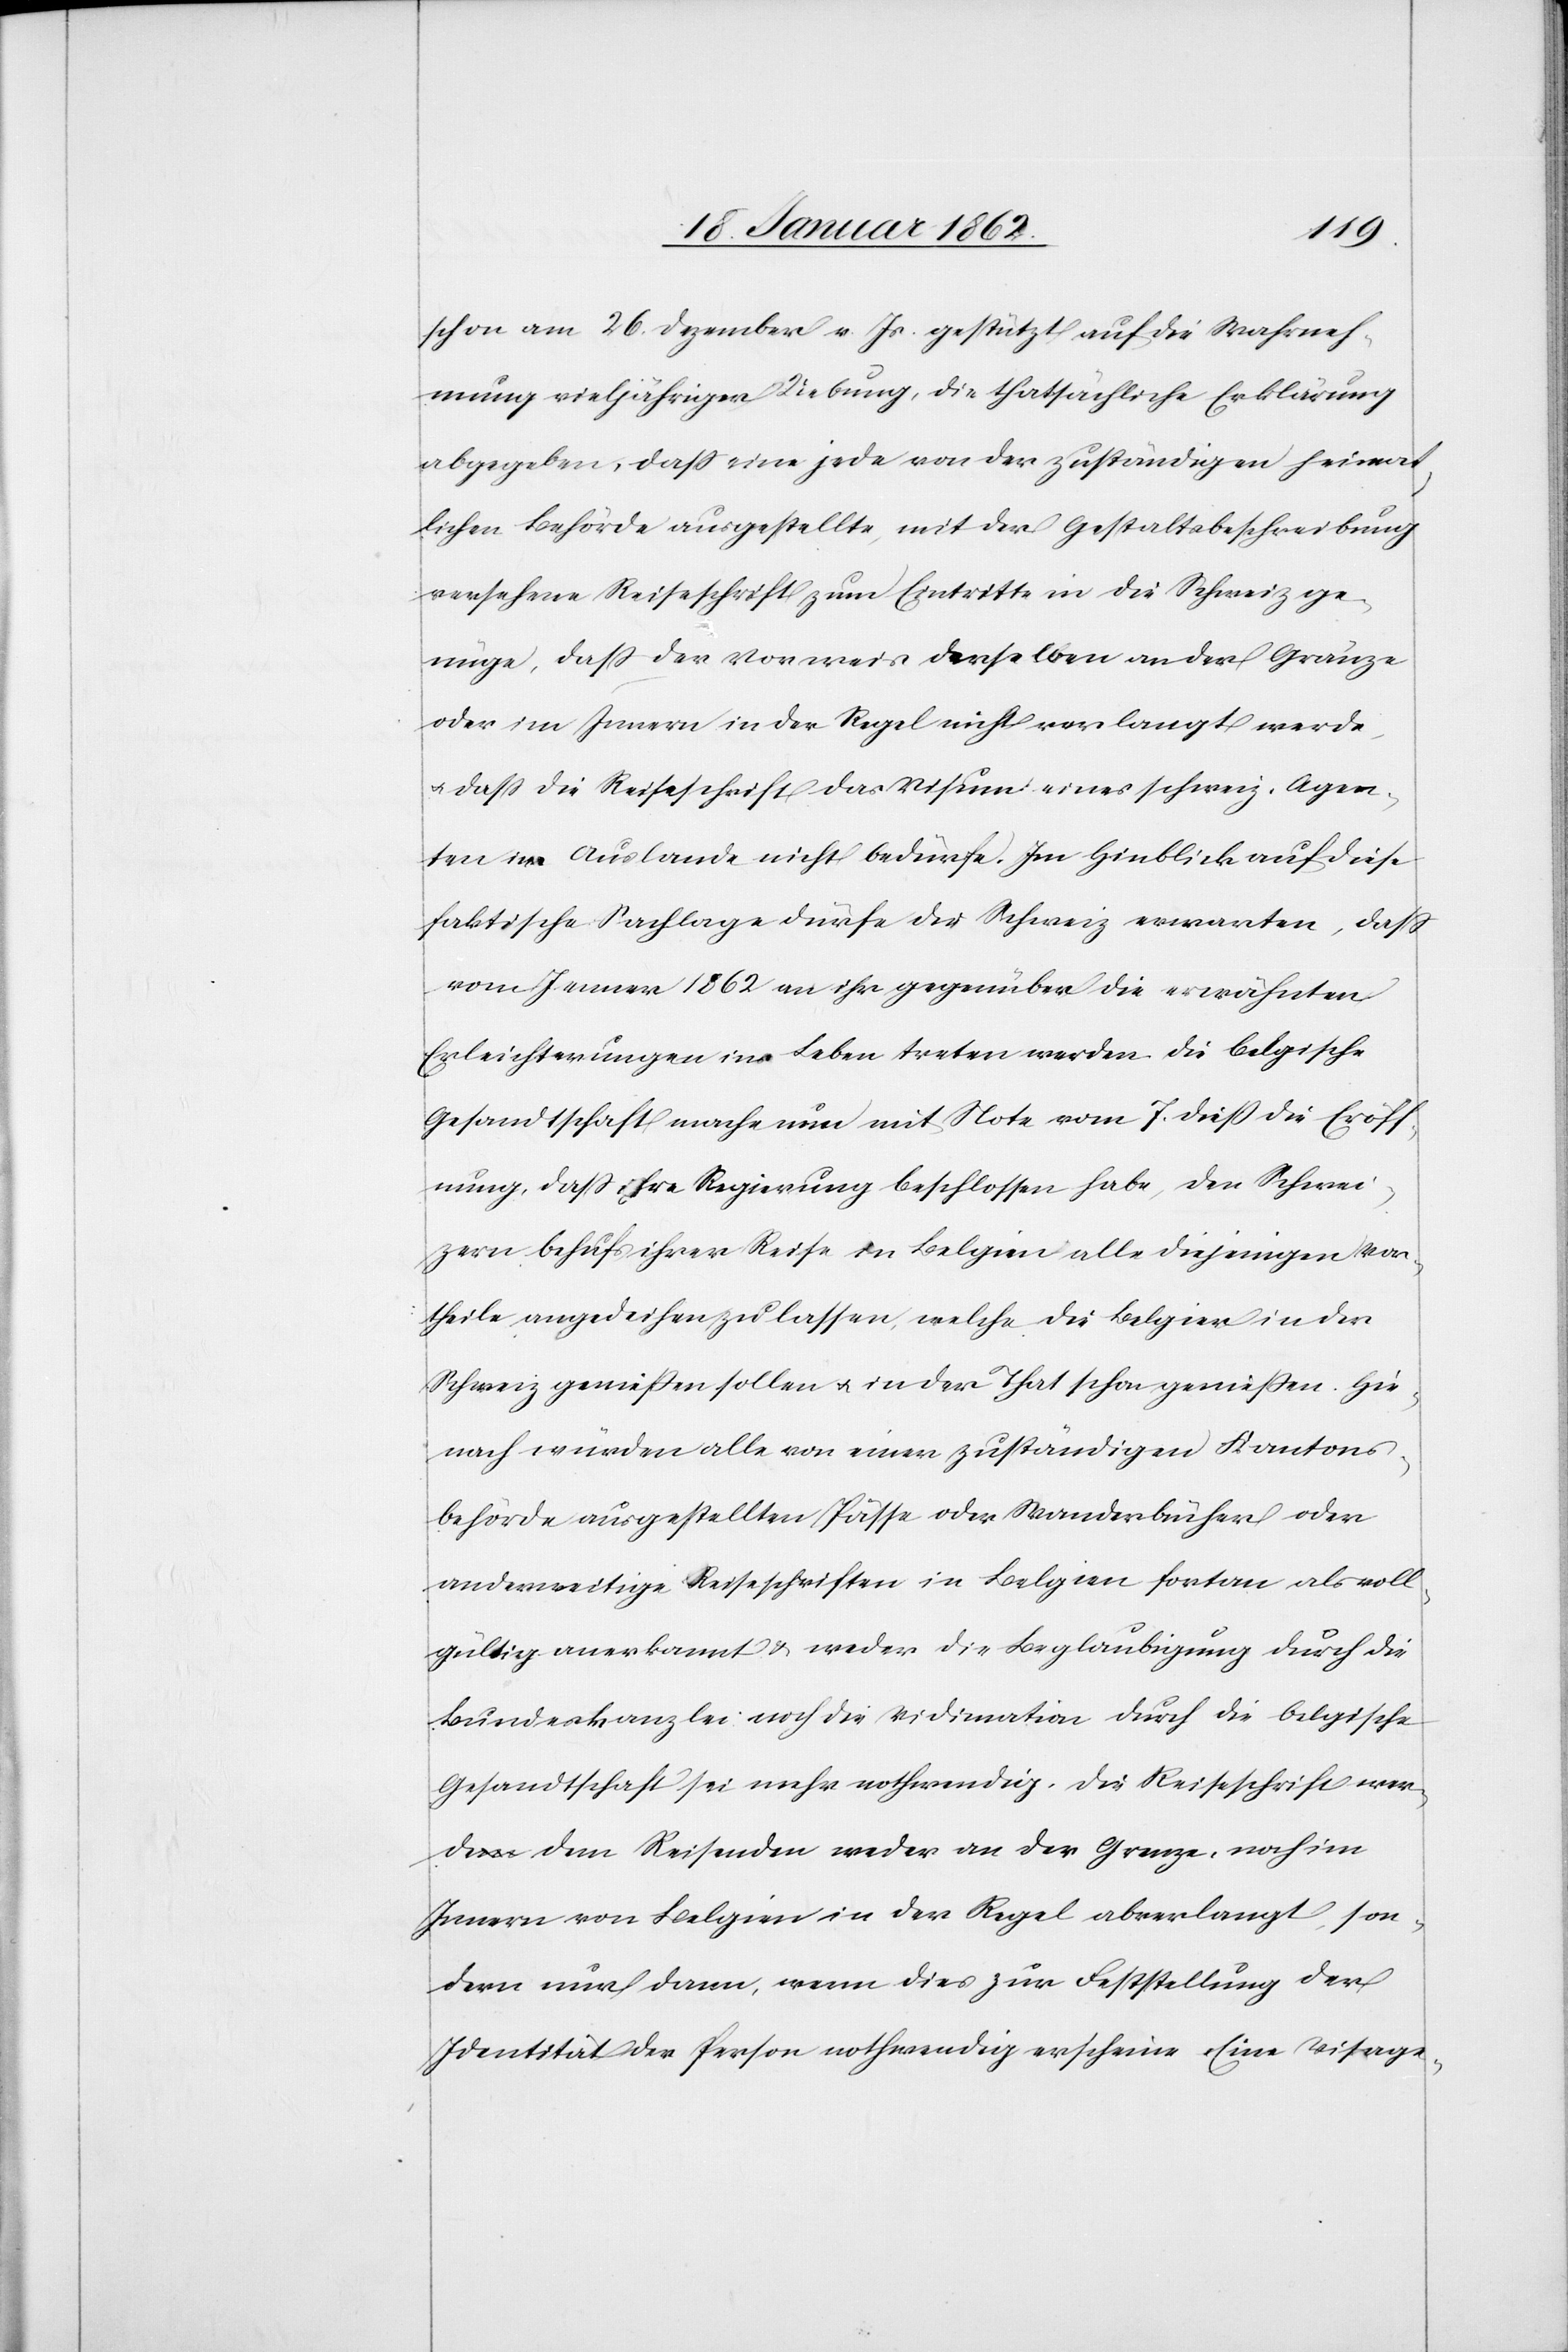
schon am 26. Dezember v. Js. gestützt auf die Wahrneh¬
mung vieljähriger Uebung, die thatsächliche Erklärung
abgegeben, daß eine jede von der zuständigen heimat¬
lichen Behörde ausgestellte, mit der Gestaltsbeschreibung
versehene Reiseschrift zum Eintritte in die Schweiz ge¬
nüge, daß der Vorweis derselben an der Gränze
oder im Innern in der Regel nicht verlangt werde,
u. daß die Reiseschrift das Visum eines schweiz. Agen¬
ten im Auslande nicht bedürfe. Im Hinblick auf diese
faktische Sachlage dürfe die Schweiz erwarten, daß
vom Jenner 1862 an ihr gegenüber die erwähnten
Erleichterungen ins Leben treten werden. Die belgische
Gesandtschaft mache nun mit Note vom 7. dieß die Eröff¬
nung, daß ihre Regierung beschlossen habe, den Schwei¬
zern behufs ihrer Reise in Belgien alle diejenigen Vor¬
theile angedeihen zu lassen, welche die Belgier in der
Schweiz genießen sollen u. in der That schon genießen. Hie¬
nach würden alle von einer zuständigen Kantons¬
behörde ausgestellten Pässe oder Wanderbücher oder
anderweitige Reiseschriften in Belgien fortan als voll¬
gültig anerkannt & weder die Beglaubigung durch die
Bundeskanzlei noch die Vidimation durch die belgische
Gesandtschaft sei mehr nothwendig. Die Reiseschrift wer¬
de dem Reisenden weder an der Grenze, noch im
Innern von Belgien in der Regel abverlangt, son¬
dern nur dann, wenn dies zur Feststellung der
Identität der Person nothwendig erscheine. Eine Visage-